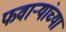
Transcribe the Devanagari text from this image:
फवार्‍यांच्या